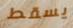
يسقط